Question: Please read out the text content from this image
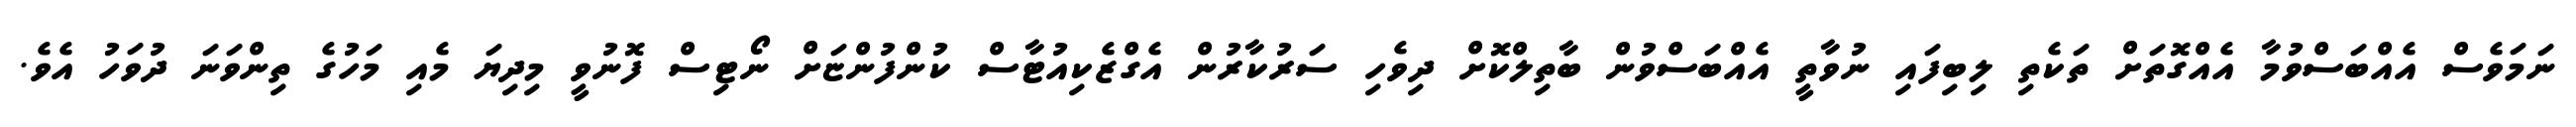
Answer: ނަމަވެސް އެއްބަސްވުމާ އެއްގޮތަށް ތަކެތި ލިބިފައި ނުވާތީ އެއްބަސްވުން ބާތިލްކޮށް ދިވެހި ސަރުކާރުން އެގްޒެކިއުޓާސް ކުންފުންޏަށް ނޯޓިސް ފޮނުވީ މިދިޔަ މެއި މަހުގެ ތިންވަނަ ދުވަހު އެވެ.